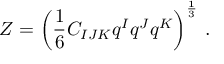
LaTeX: Z = \left( \frac 1 6 C _ { I J K } q ^ { I } q ^ { J } q ^ { K } \right) ^ { \frac 1 3 } \, .